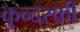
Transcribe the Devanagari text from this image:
कुन्‍दरकी